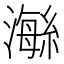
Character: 𤀇